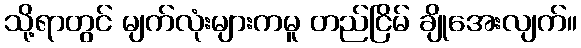
သို့ရာတွင် မျက်လုံးများကမူ တည်ငြိမ် ချိုအေးလျက်။